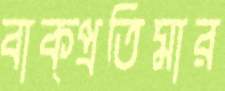
বাক্প্রতিমার